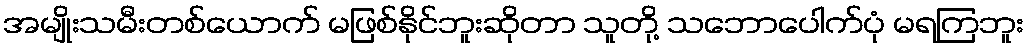
အမျိုးသမီးတစ်ယောက် မဖြစ်နိုင်ဘူးဆိုတာ သူတို့ သဘောပေါက်ပုံ မရကြဘူး